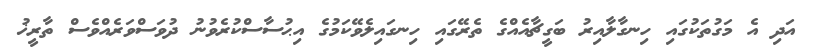
އަދި އެ މަގުތަކުގައި ހިނގާލާއިރު ބަގީޗާއެއްގެ ތެރޭގައި ހިނގައިލެވޭކަމުގެ އިޙުސާސްކުރެވުނު ދުވަސްވަރެއްވެސް ތާރީޚު